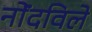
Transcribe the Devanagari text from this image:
नोंंदविले